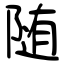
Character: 随